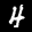
Label: 4